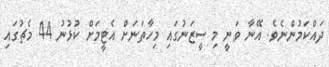
ދައްކަމުންނެވެ. އޭނާ ވަނީ މި ސީޒަނުގައި މިހާތަނަށް އެޓީމަށް ކުޅުނު 44 މެޗުގައި